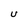
Character: U